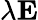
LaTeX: \lambda\mathbf{E}